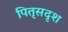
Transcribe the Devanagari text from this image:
पितृसदृश